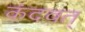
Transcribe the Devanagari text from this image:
कंदवत्‌